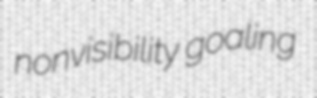
nonvisibility goaling